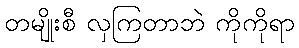
တမျိုးစီ လှကြတာဘဲ ကိုကိုရာ